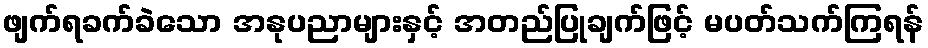
ဖျက်ရခက်ခဲသော အနုပညာများနှင့် အတည်ပြုချက်ဖြင့် မပတ်သက်ကြရန်